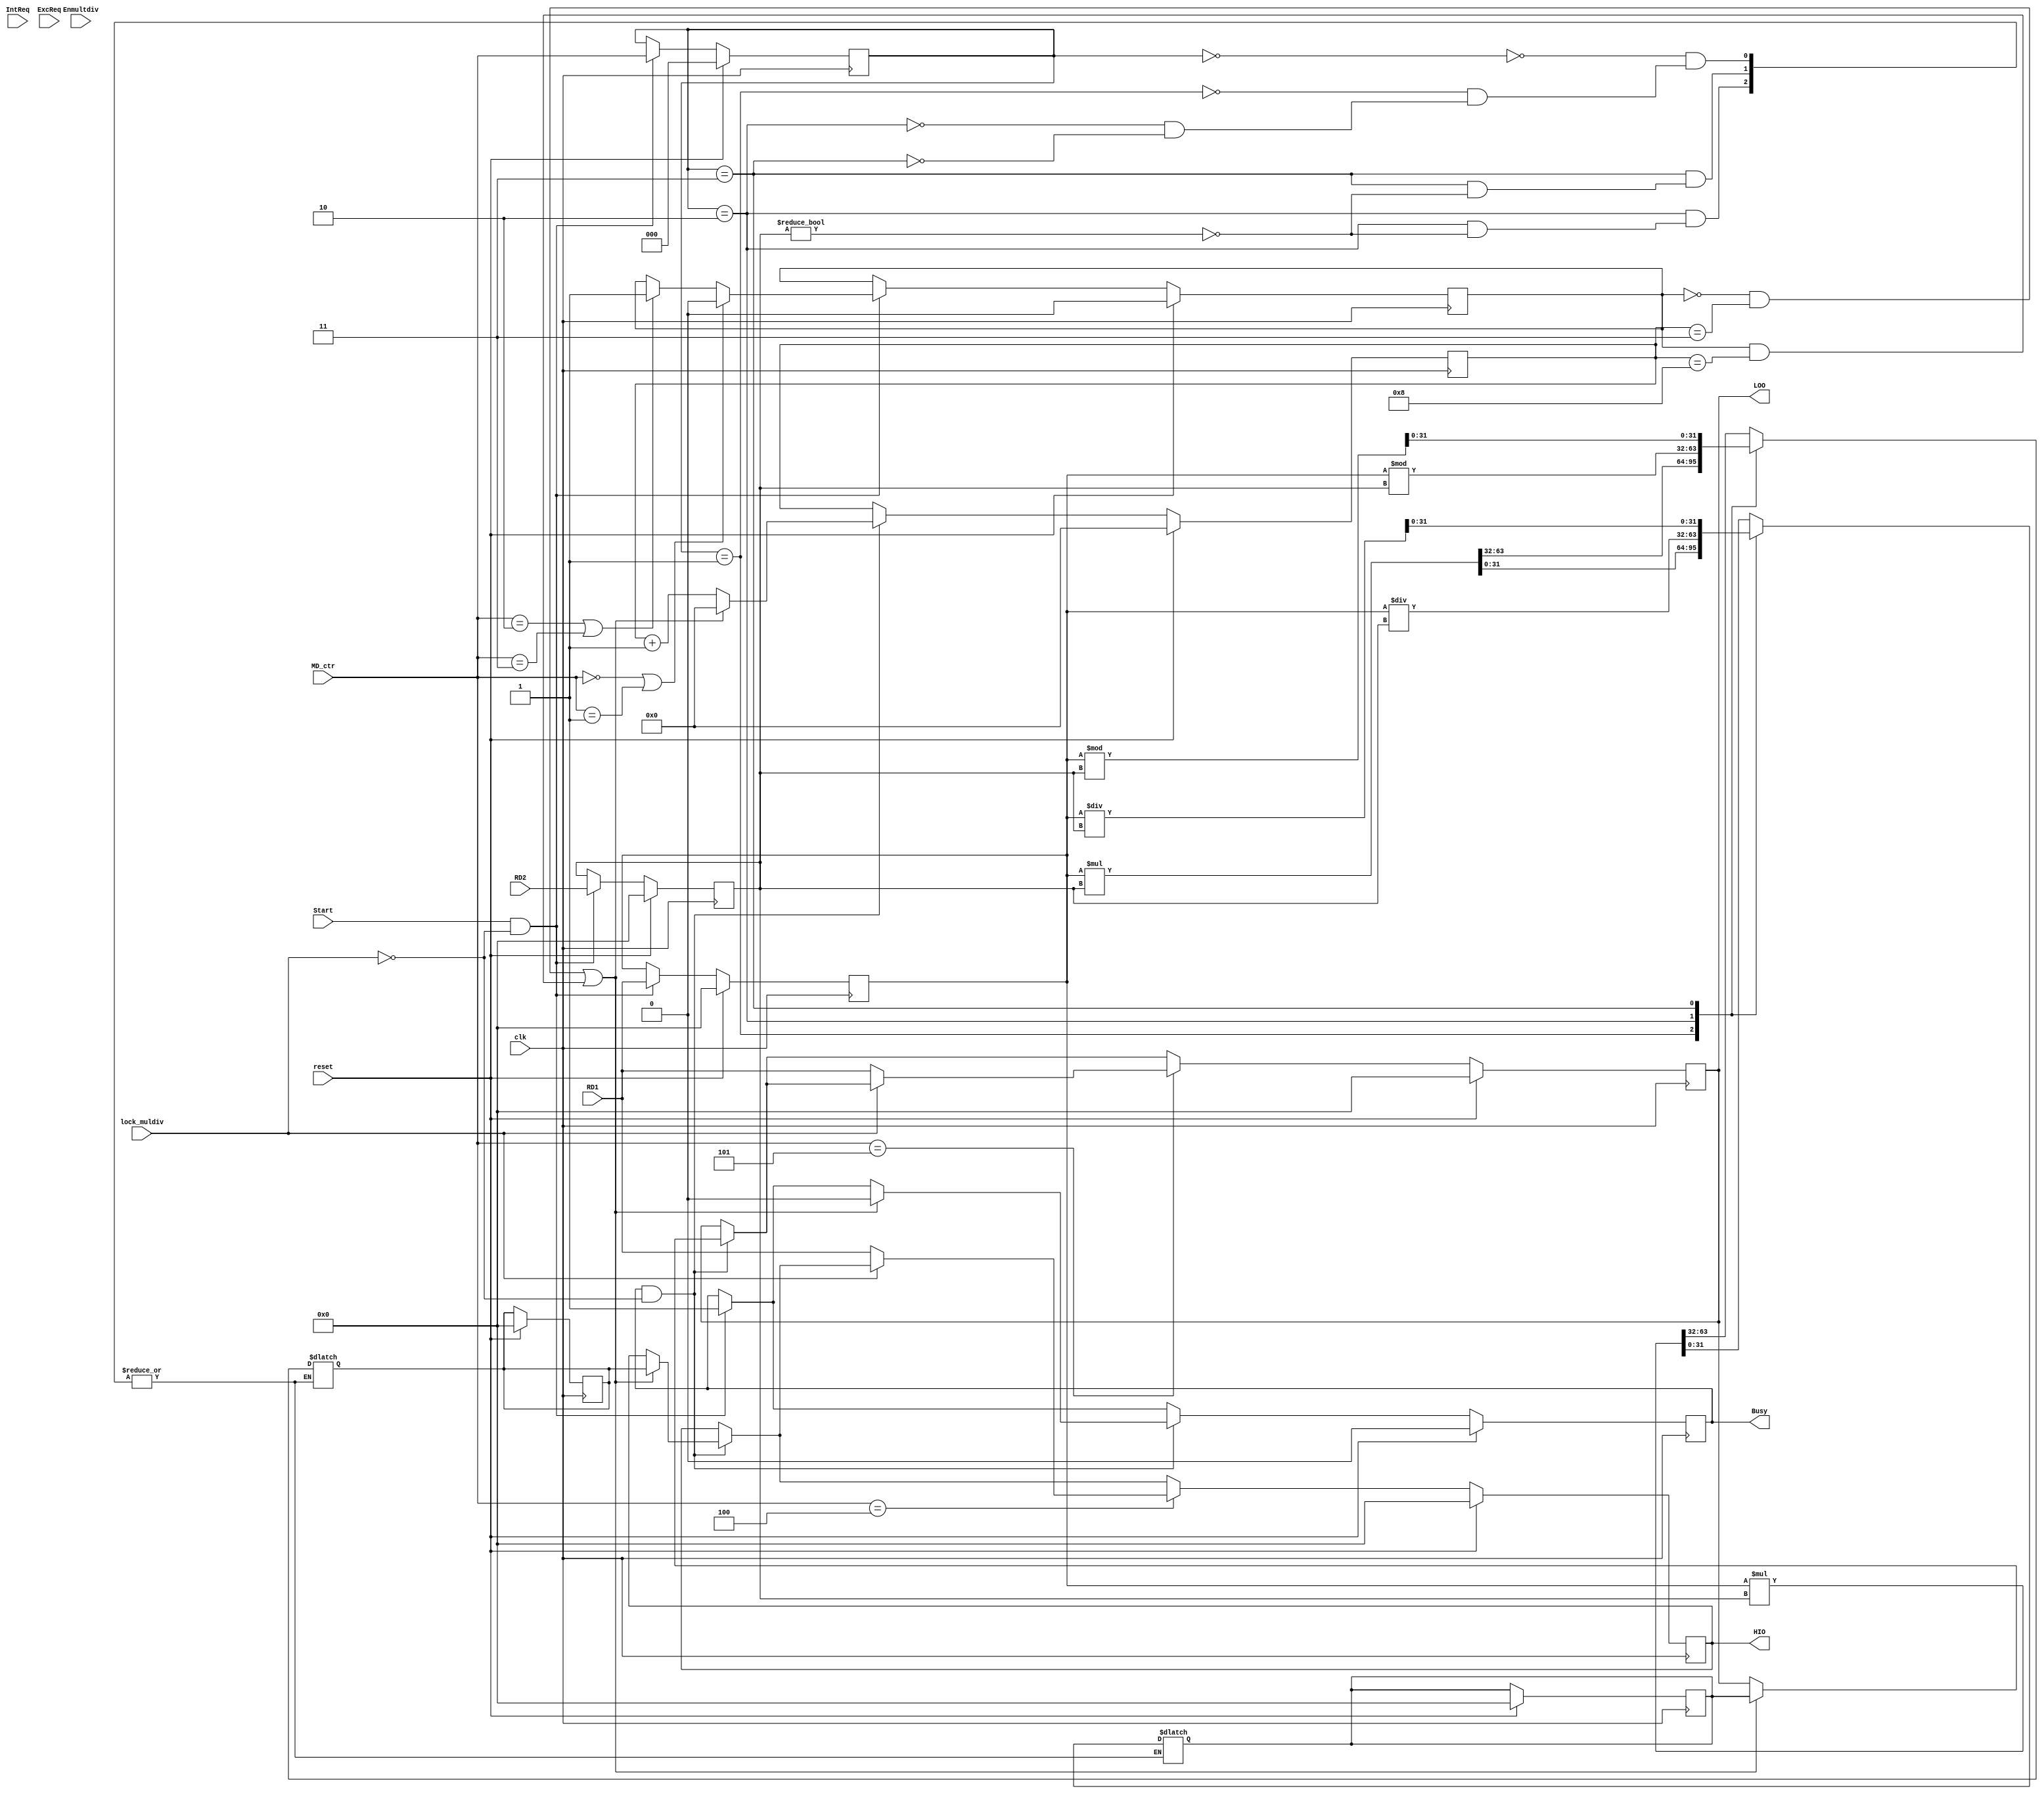
`timescale 1ns / 1ps

module MultDiv(
	clk, reset, Start, IntReq, ExcReq, Enmultdiv, 
	RD1, RD2, MD_ctr, lock_muldiv, 
	Busy, HIO, LOO);
	
	input clk, reset;
    input signed [31:0] RD1, RD2;
    input [2:0] MD_ctr;
    input Start;
	input lock_muldiv;
	input IntReq;
	input ExcReq;
	input Enmultdiv;

    output [31:0] HIO;
    output [31:0] LOO;
    output reg Busy;

    reg [31:0] HI, LO;
	reg [31:0] HI_tmp, LO_tmp;
    reg [3:0] cycle_num;
	reg signed [31:0] A, B;
	reg signed [63:0] C;
	reg [2:0] Op;
	reg five_or_ten;
	
	// 000:'mult' 001:'multu' 010:'div' 011:'divu' 100:'mthi' 101:'mtlo'
	
	parameter
	MULT = 3'b000,
	MULTU = 3'b001,
	DIV = 3'b010,
	DIVU = 3'b011,
	MTHI = 3'b100,
	MTLO = 3'b101;
	

    initial begin
    	HI = 32'h0000_0000;
    	LO = 32'h0000_0000;
    	cycle_num = 4'b0000;
		HI_tmp = 32'h0000_0000;
		LO_tmp = 32'h0000_0000;
		Busy = 1'b0;
		A = 32'h0000_0000;
		B = 32'h0000_0000;
		five_or_ten = 1'b0;
		Op = 3'b000;
		C = 64'h0;
    end

    assign HIO = HI;  //mfhi
    assign LOO = LO;  //mflo
	
	always @(*) begin
		/*if (Start) begin
			A = RD1;
			B = RD2;
			Op = MD_ctr;
			Busy = 1;
			if (MD_ctr == MULT | MD_ctr == MULTU) 
				five_or_ten = 1'b0;
			else if(MD_ctr == DIV | MD_ctr == DIVU)
				five_or_ten = 1'b1;			
		end*/
		case (Op)

    		MULT: {HI_tmp, LO_tmp} = A * B;	//MULT

    		MULTU: {HI_tmp, LO_tmp} = {1'b0, A} * {1'b0, B}; //MULTU

    		DIV: begin		//DIV
    			if (B != 32'h0000_0000) begin
    				HI_tmp = A % B;
    				LO_tmp = A / B;
    			end
			end

    		DIVU: begin		//DIVU
    			if (B != 32'h0000_0000) begin
					HI_tmp = {1'b0, A} % {1'b0, B};
    				LO_tmp = {1'b0, A} / {1'b0, B};
    			end
    		end
			
		endcase
	end
	
	
    always @(posedge clk) begin
    	if (reset) begin
    		HI <= 32'h0000_0000;
    		LO <= 32'h0000_0000;
    		cycle_num <= 4'b0000;
			HI_tmp <= 32'h0000_0000;
			LO_tmp <= 32'h0000_0000;
			Busy <= 1'b0;
			A <= 32'h0000_0000;
			B <= 32'h0000_0000;
			five_or_ten <= 1'b0;
			Op <= 3'b000;
			C <= 64'h0;
    	end
    	else begin
			if (Start & !lock_muldiv) begin
				A <= RD1;
				B <= RD2;
				Op <= MD_ctr;
				Busy <= 1;
				if (MD_ctr == MULT | MD_ctr == MULTU) 
					five_or_ten <= 1'b0;
				else if(MD_ctr == DIV | MD_ctr == DIVU)
					five_or_ten <= 1'b1;			
			end	
			
    		if (Busy & !lock_muldiv) begin
				cycle_num <= cycle_num + 1;
				if ((five_or_ten == 1'b0 & cycle_num == 3) | (five_or_ten == 1'b1 & cycle_num == 8)) begin
					cycle_num <= 0;
					Busy <= 0;
					HI <= HI_tmp;
					LO <= LO_tmp;
				end
			end
			case(MD_ctr) 
				MTHI: if (!lock_muldiv) HI <= RD1;
				MTLO: if (!lock_muldiv) LO <= RD1;
			endcase
    	end
    end
    
endmodule